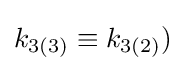
k_{3(3)}\equiv k_{3(2)})